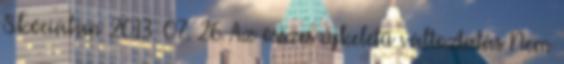
Skóciában 2013. 07. 26. Az összes újkeletű változtatás Nem